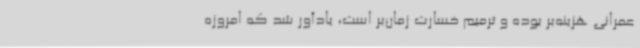
عمرانی هزینه‌بر بوده و ترمیم خسارت زمان‌بر است، یادآور شد که امروزه